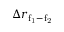
\Delta { r } _ { \mathrm { f _ { 1 } - f _ { 2 } } }